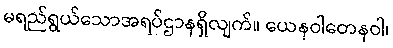
မရည်ရွယ်သောအရပ်ဌာနရှိလျက်။ ယေနဝါတေနဝါ၊